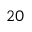
2 0